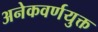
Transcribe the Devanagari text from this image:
अनेकवर्णयुक्त